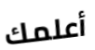
أعلمك